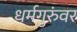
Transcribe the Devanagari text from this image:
धर्मगुरुंवर